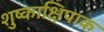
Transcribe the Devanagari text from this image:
शुष्काक्षिपाक